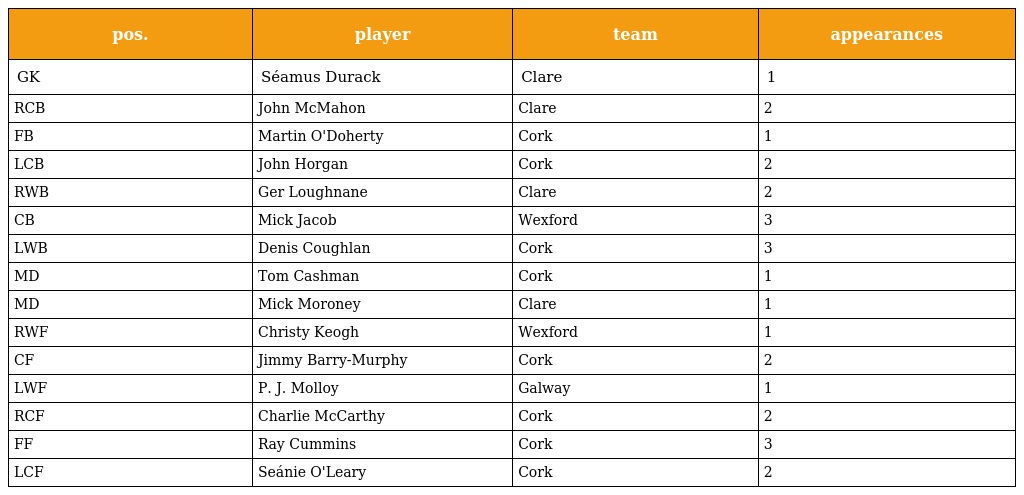
| pos. | player | team | appearances |
 | --- | --- | --- | --- |
 | GK | Séamus Durack | Clare | 1 |
 | RCB | John McMahon | Clare | 2 |
 | FB | Martin O'Doherty | Cork | 1 |
 | LCB | John Horgan | Cork | 2 |
 | RWB | Ger Loughnane | Clare | 2 |
 | CB | Mick Jacob | Wexford | 3 |
 | LWB | Denis Coughlan | Cork | 3 |
 | MD | Tom Cashman | Cork | 1 |
 | MD | Mick Moroney | Clare | 1 |
 | RWF | Christy Keogh | Wexford | 1 |
 | CF | Jimmy Barry-Murphy | Cork | 2 |
 | LWF | P. J. Molloy | Galway | 1 |
 | RCF | Charlie McCarthy | Cork | 2 |
 | FF | Ray Cummins | Cork | 3 |
 | LCF | Seánie O'Leary | Cork | 2 |